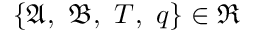
\left\{ \mathfrak { A } , \ \mathfrak { B } , \ T , \ q \right\} \in \Re